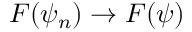
F ( \psi _ { n } ) \rightarrow F ( \psi )